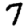
Digit: 7